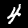
Digit: 4